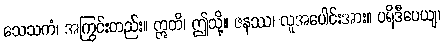
သေသကံ၊ အကြွင်းတည်း။ ဣတိ၊ ဤသို့။ ဇနဿ၊ လူအပေါင်းအား။ ပရိဒီပေယျ၊